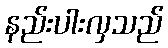
နည်းပါးလှသည်